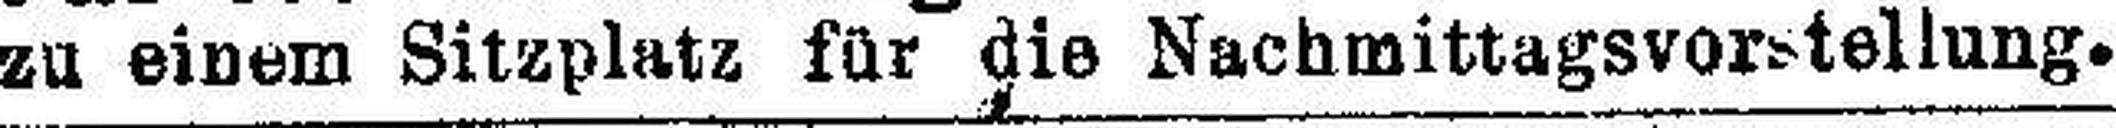
zu einem Sitzplatz für die Nachmittagsvorstellung.